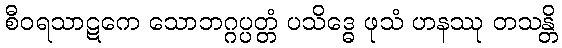
စီဝရသာဋကေ သောဘဂ္ဂပ္ပတ္တံ ပသိဒ္ဓေ ဖုသံ ဟနဿု တသန္တိ